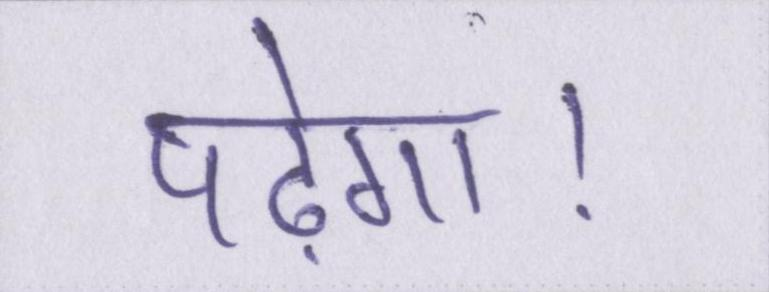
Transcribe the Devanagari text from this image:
पढ़ेगा।